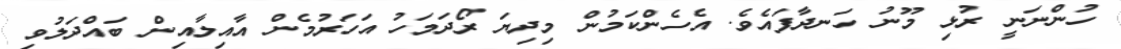
ހުންނަނީ ރުޅި މޫނު ހަނދާފައެވެ. އެހެންކަމުން މިދިޔަ ރޯދަމަހު އަހަރުމެން އާއިލާއިން ބައްދަލުވި